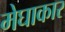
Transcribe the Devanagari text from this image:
मेघाकार